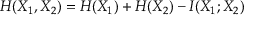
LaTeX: H ( X _ { 1 } , X _ { 2 } ) = H ( X _ { 1 } ) + H ( X _ { 2 } ) - I ( X _ { 1 } ; X _ { 2 } )